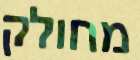
מחולק